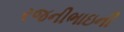
રજનીભાઇની